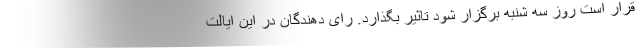
قرار است روز سه شنبه برگزار شود تاثیر بگذارد. رای دهندگان در این ایالت